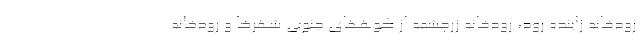
رودخانه زاینده رود، رودخانه زرچشمه از کوههای جنوبی شهرضا و رودخانه